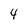
Character: 4